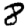
Digit: 8